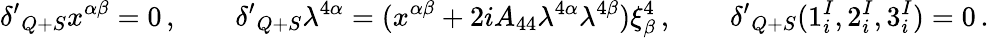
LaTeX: {\delta^{\prime}}_{Q+S}x^{\alpha\beta}=0\, ,\qquad{\delta^{\prime}}_{Q+S}\lambda^{4\alpha}=(x^{\alpha\beta}+2iA_{44}\lambda^{4\alpha}\lambda^{4\beta})\xi_{\beta}^{4}\, ,\qquad{\delta^{\prime}}_{Q+S}(1_{i}^{I},2_{i}^{I},3_{i}^{I})=0\, .